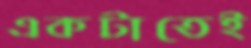
একটাতেই